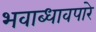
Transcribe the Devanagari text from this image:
भवाब्धावपारे